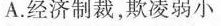
A.经济制裁，欺凌弱小